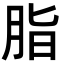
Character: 脂